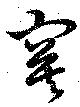
寞